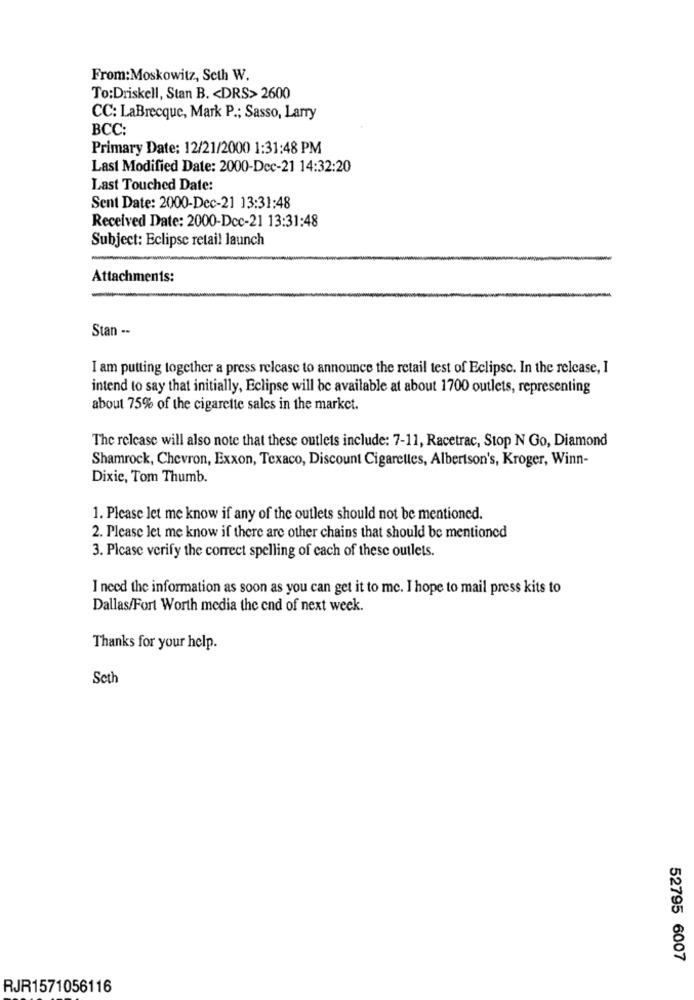
From:Moskowitz, Seth W.
To:Driskell, Stan B. < DRS> 2600
CC: LaBrecque, Mark P .; Sasso, Larry
BCC:
Primary Date: 12/21/2000 1:31:48 PM
Last Modified Date: 2000-Dec-21 14:32:20
Last Touched Date:
Sent Date: 2000-Dec-21 13:31:48
Received Date: 2000-Dec-21 13:31:48
Subject: Eclipse retail launch
Attachments:
Stan --
I am putting together a press release to announce the retail test of Eclipse. In the release, I
intend to say that initially, Eclipse will be available at about 1700 outlets, representing
about 75% of the cigarette sales in the market.
The release will also note that these outlets include: 7-11, Racetrac, Stop N Go, Diamond
Shamrock, Chevron, Exxon, Texaco, Discount Cigarettes, Albertson's, Kroger, Winn-
Dixie, Tom Thumb.
1. Please let me know if any of the outlets should not be mentioned.
2. Please let me know if there are other chains that should be mentioned
3. Please verify the correct spelling of each of these outlets.
I need the information as soon as you can get it to me. I hope to mail press kits to
Dallas/Fort Worth media the end of next week.
Thanks for your help.
Seth
52795 6007
RJR1571056116